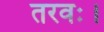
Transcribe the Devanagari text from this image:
तरवः।